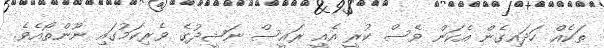
ތަކެއް ހަދައިގެން އެކަން ވެސް ކުރީ އެއީ ރައީސް ނަޝީދުގެ ވެރިކަމުގައި ނޫންތޯއެވެ.